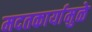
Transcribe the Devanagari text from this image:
मदतकार्यामुळे